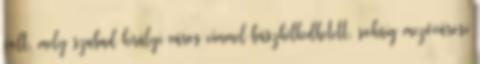
volt, mely szabad királyi város címmel büszkélkedhetett, sokáig mezővárosi